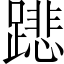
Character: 𨅥